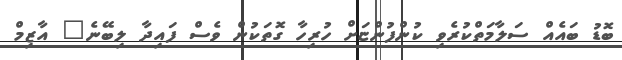
ބޮޑު ބައެއް ސަލާމަތްކުރެވި ކުންފުންޏަށް ހުރިހާ ގޮތަކުން ވެސް ފައިދާ ލިބޭނެ" އާޒިމް